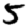
Digit: 5